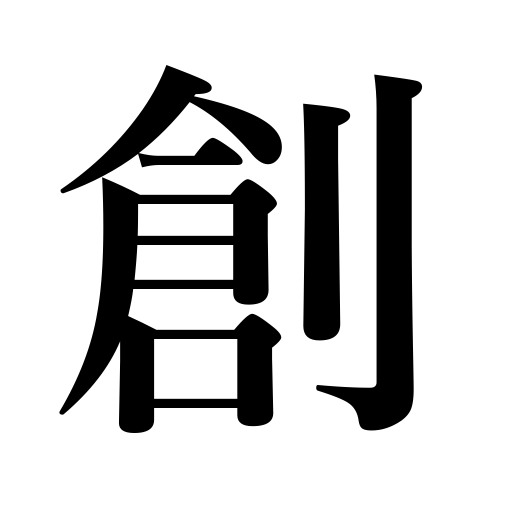
Meanings: wound,injury,hurt,weak point,gash,bruise,scratch,cut,scar